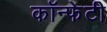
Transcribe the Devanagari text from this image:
कॉन्फेटी